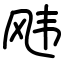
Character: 𬱵